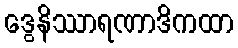
ဒွေနိဿာရဏာဒိကထာ